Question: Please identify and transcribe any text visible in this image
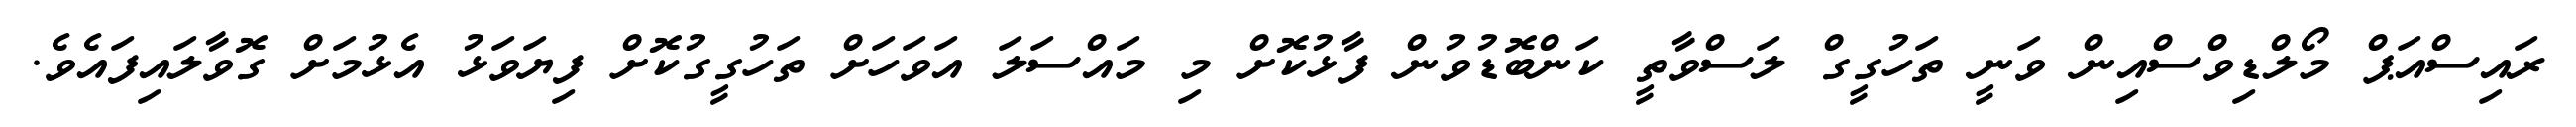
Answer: ރައިސްއަޕް މޯލްޑިވްސްއިން ވަނީ ތަހުގީގް ލަސްވާތީ ކަންބޮޑުވުން ފާޅުކޮށް މި މައްސަލަ އަވަހަށް ތަހުގީގުކޮށް ފިޔަވަޅު އެޅުމަށް ގޮވާލައިފައެވެ.